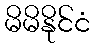
မိမိနိုင်ငံ